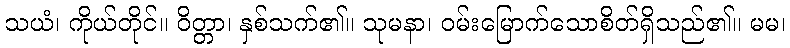
သယံ၊ ကိုယ်တိုင်။ ဝိတ္တာ၊ နှစ်သက်၏။ သုမနာ၊ ဝမ်းမြောက်သောစိတ်ရှိသည်၏။ မမ၊